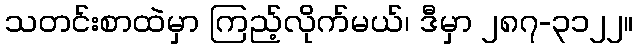
သတင်းစာထဲမှာ ကြည့်လိုက်မယ်၊ ဒီမှာ ၂၈၇-၃၁၂၂။